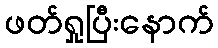
ဖတ်ရှုပြီးနောက်